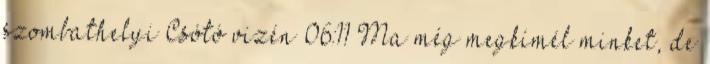
szombathelyi Csótó vizén 06:11 Ma még megkímél minket, de